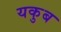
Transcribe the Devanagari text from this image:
यकुब